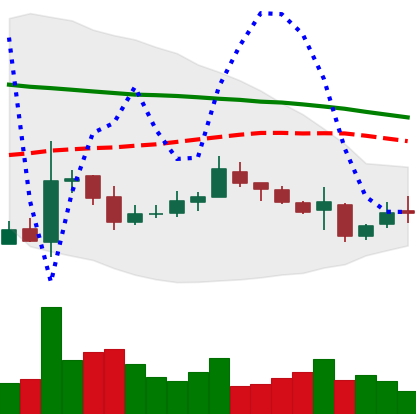
Ticker: XMR-USD
Chart end date: 2018-11-01
Forward return: 8.676%
Label: up_7plus